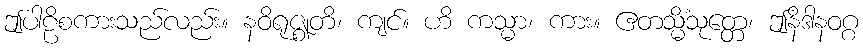
ဤပါဠိစကားသည်လည်း။ နဝိရုဇ္ဈတိ၊ ကျင်။ ဟိ ကသ္မာ၊ ကား။ ဧတသ္မိံသုတ္တေ၊ ဤနိဒါနဝဂ္ဂ